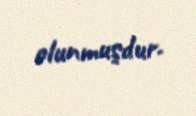
olunmuşdur.